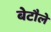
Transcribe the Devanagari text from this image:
बेटौले